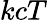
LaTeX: kcT